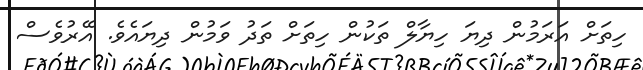
ހިތަށް އަރަމުން ދިޔަ ހިޔާލް ތަކުން ހިތަށް ތަދު ވަމުން ދިޔައެވެ. އޭރުވެސް